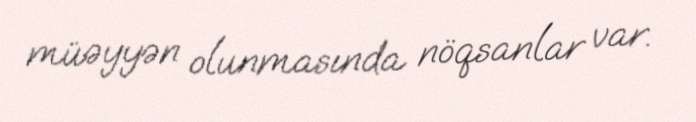
müəyyən olunmasında nöqsanlar var.